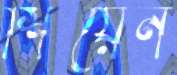
শিয়েন